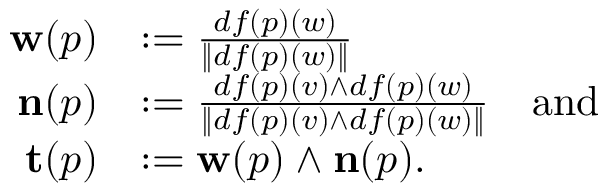
\begin{array} { r l } { \mathbf { w } ( p ) } & { : = \frac { d f ( p ) ( w ) } { \| d f ( p ) ( w ) \| } } \\ { \mathbf { n } ( p ) } & { : = \frac { d f ( p ) ( v ) \wedge d f ( p ) ( w ) } { \| d f ( p ) ( v ) \wedge d f ( p ) ( w ) \| } \quad \mathrm { a n d } } \\ { \mathbf { t } ( p ) } & { : = \mathbf { w } ( p ) \wedge \mathbf { n } ( p ) . } \end{array}